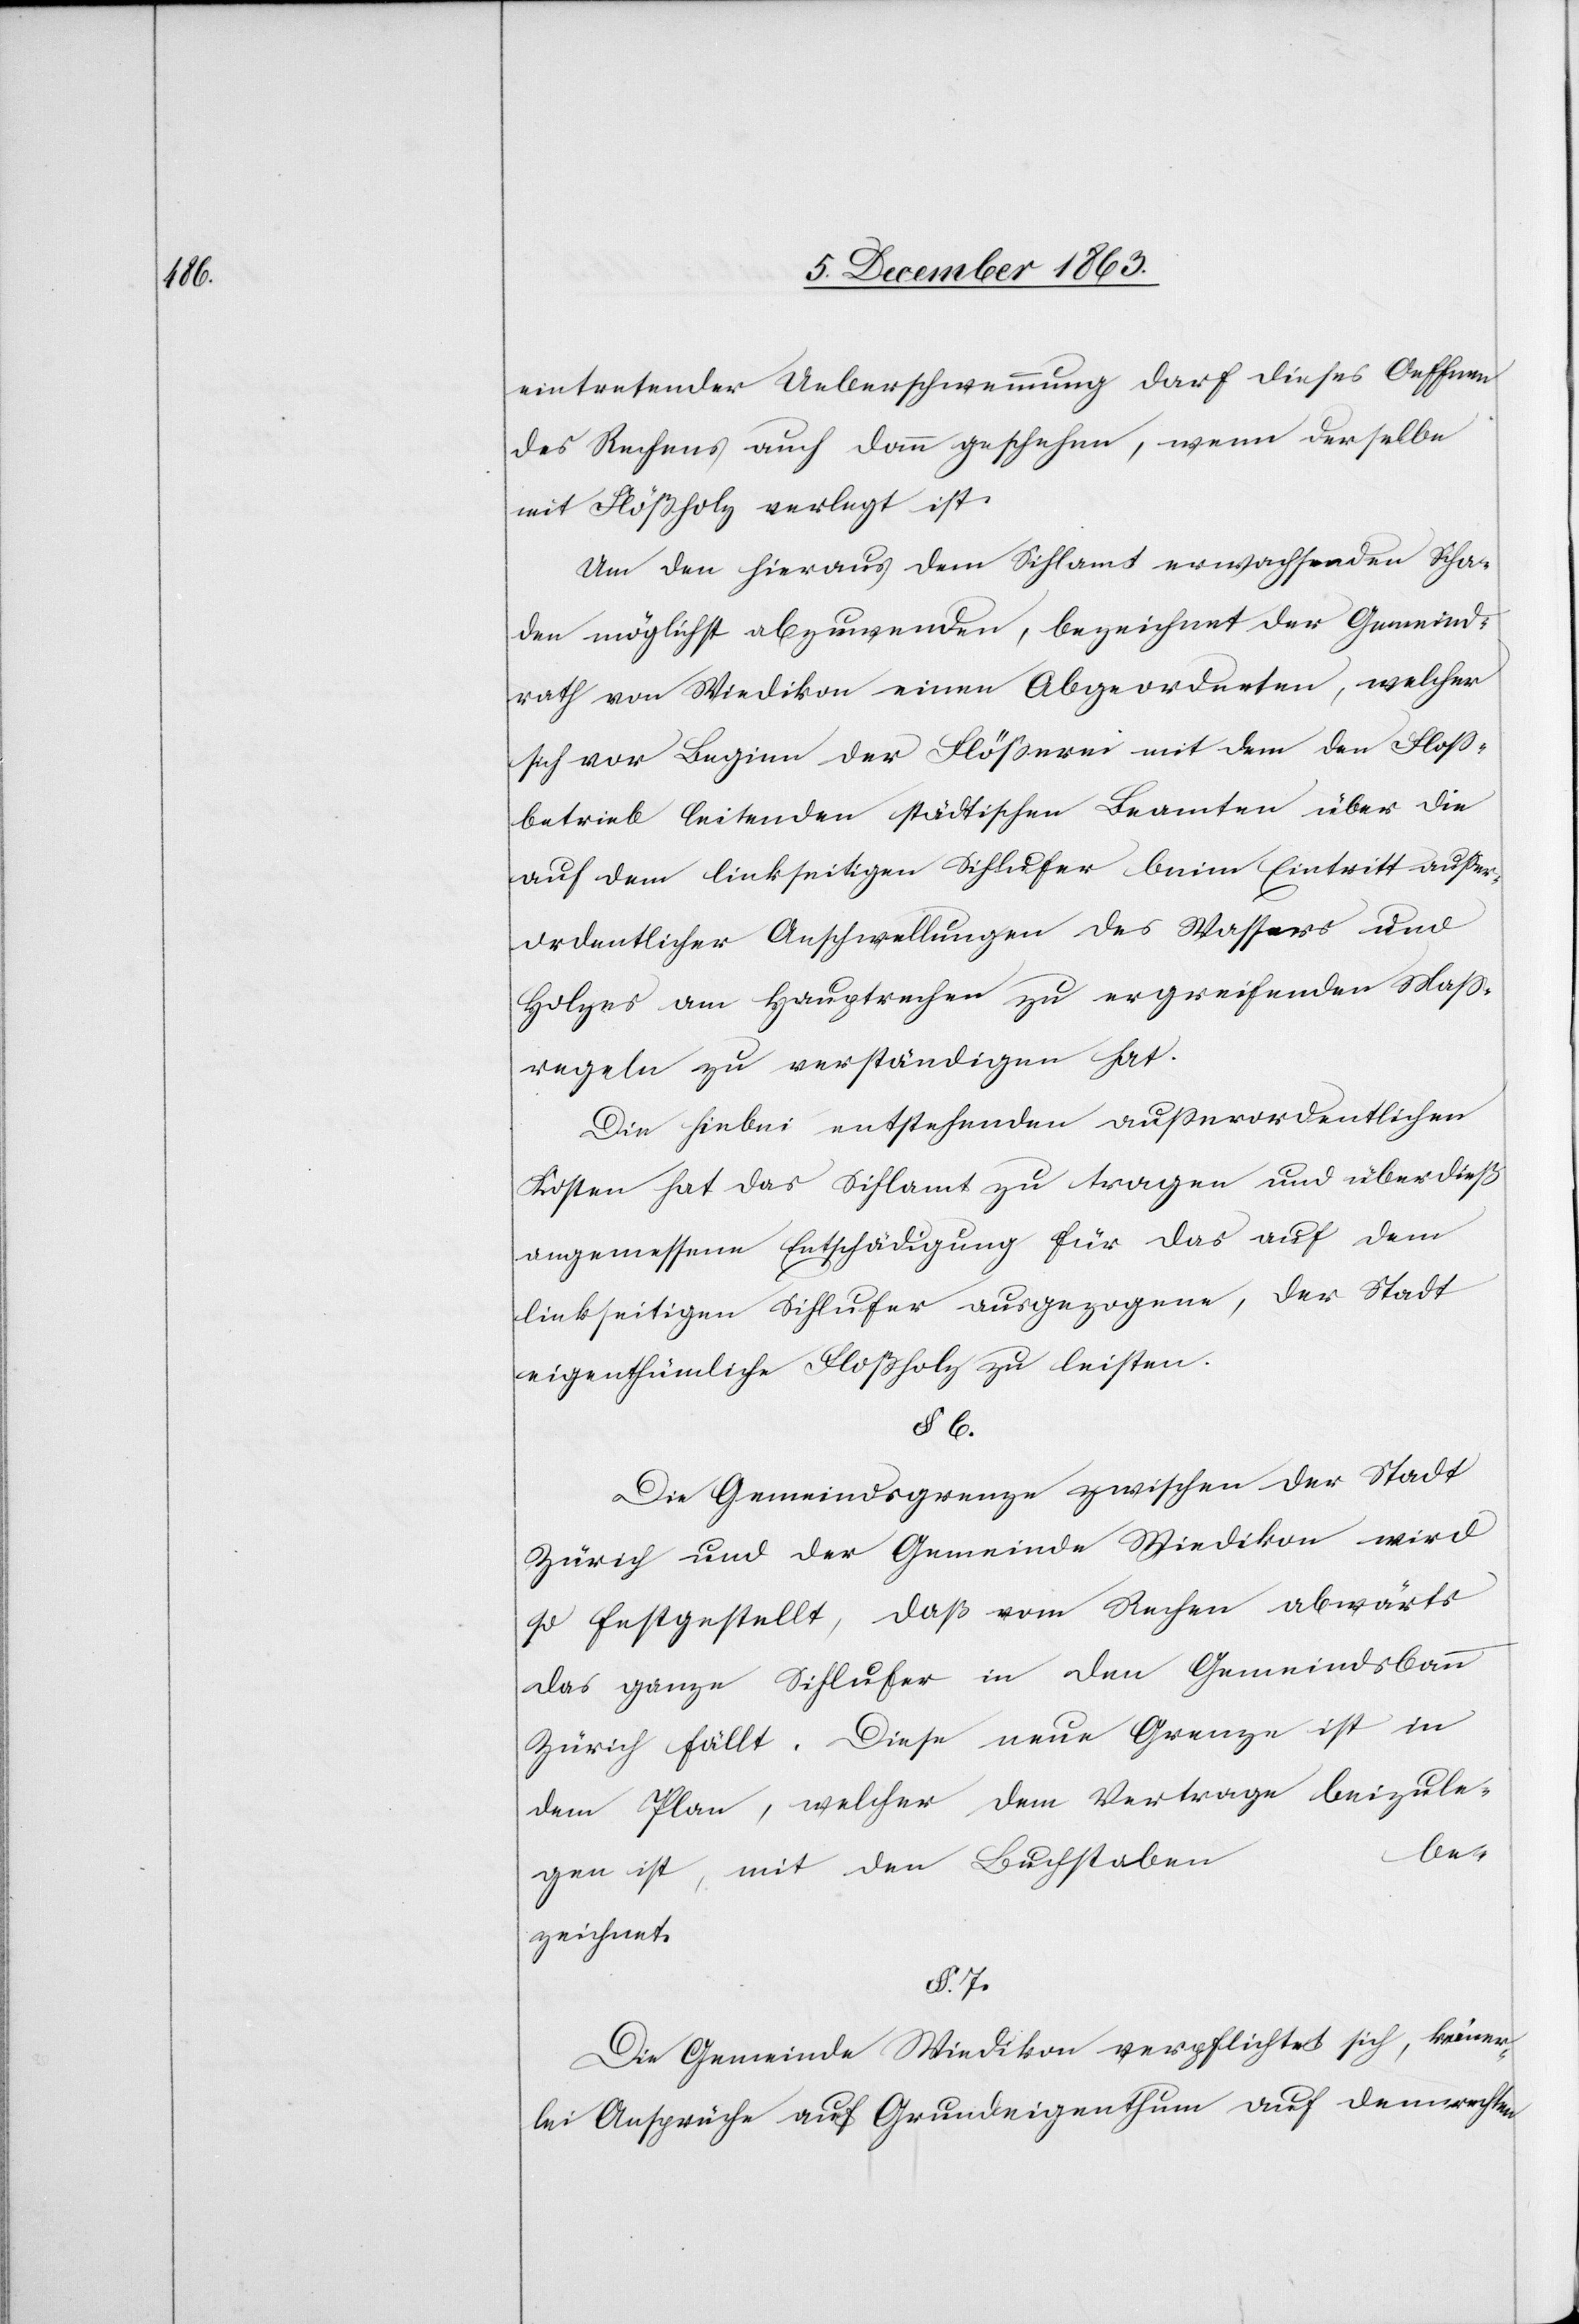
eintretender Ueberschwemmung darf dieses Oeffnen
des Rechens auch dann geschehen, wenn derselbe
mit Flößholz verlegt ist.
Um den hieraus dem Sihlamt erwachsenden Scha¬
den möglichst abzuwenden, bezeichnet der Gemeind¬
rath von Wiedikon einen Abgeordneten, welcher
sich vor Beginn der Flößerei mit dem den Floss¬
betrieb leitenden städtischen Beamten über die
auf dem linkseitigen Sihlufer beim Eintritt ausser¬
ordentlicher Anschwellungen des Wassers und
Holzes am Hauptrechen zu ergreifenden Mass¬
regeln zu verständigen hat.
Die hiebei entstehenden ausserordentlichen
Kosten hat das Sihlamt zu tragen und überdieß
angemessene Entschädigung für das auf dem
linkseitigen Sihlufer ausgezogene, der Stadt
eigenthümliche Floßholz zu leisten.
§ 6.
Die Gemeindsgrenze zwischen der Stadt
Zürich und der Gemeinde Wiedikon wird
so festgestellt, daß vom Rechen abwärts
das ganze Sihlufer in den Gemeindsbann
Zürich fällt. Diese neue Grenze ist in
dem Plan, welcher dem Vertrage beizule¬
be¬
gen ist, mit den Buchstaben
zeichnet.
§ 7.
Die Gemeinde Wiedikon verpflichtet sich, keiner¬
lei Ansprüche auf Grundeigenthum auf dem rechten